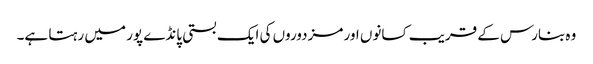
وہ بنارس کے قریب کسانوں اور مزدوروں کی ایک بستی پانڈے پور میں رہتا ہے۔